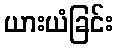
ယားယံခြင်း